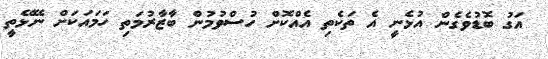
އަގު ބޮޑުވެގެން އުޅެނީ އެ ތަކެތި އެއްކޮށް ހުސްވުމުން ބާޒާރުމަތި ހަމައަކަށް ނޭޅޭތީ